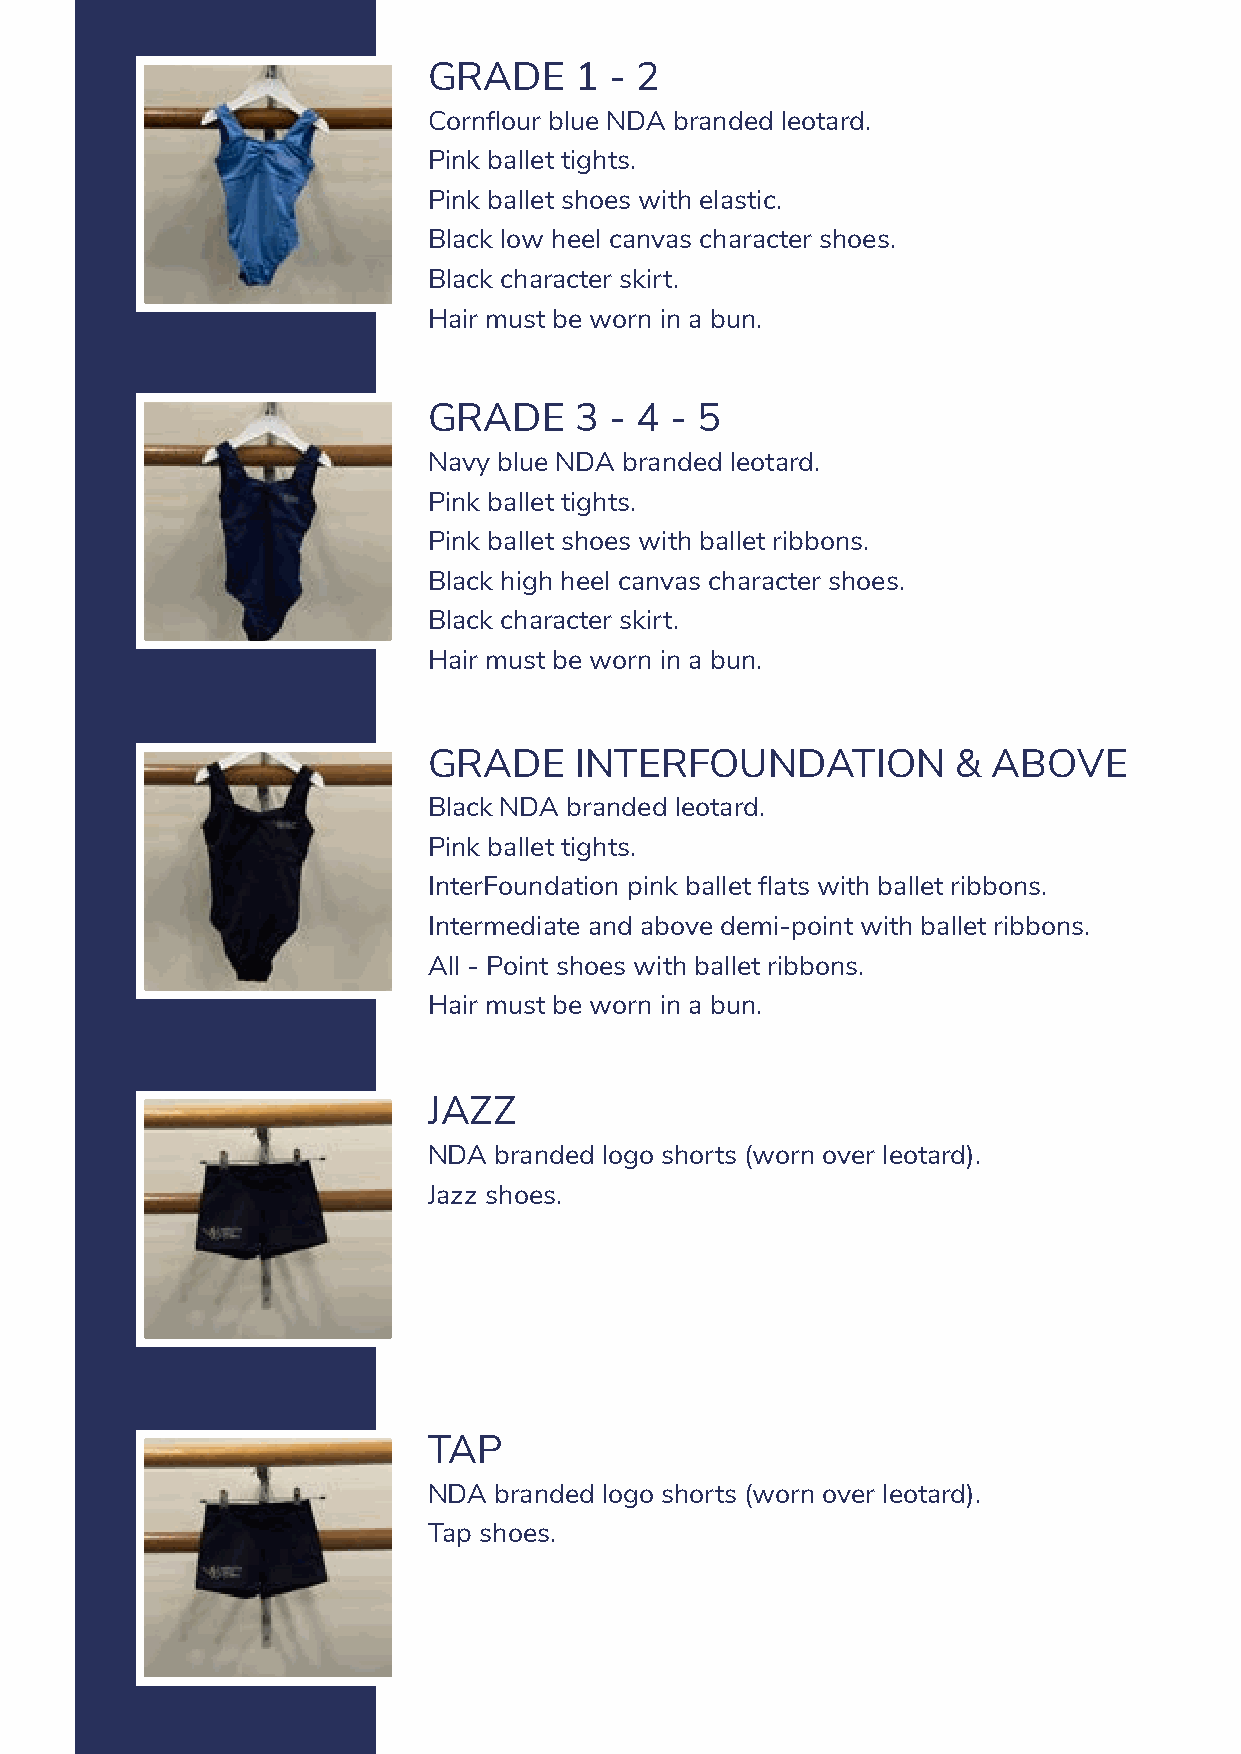
GRADE     1 - 2
 Cornflour blue NDA branded leotard.
 Pink ballet tights.
 Pink ballet shoes with elastic.
 Black low heel canvas character shoes.
 Black character skirt.
 Hair must be worn in a bun.
 GRADE     3 - 4 - 5
 Navy blue NDA branded leotard.
 Pink ballet tights.
 Pink ballet shoes with ballet ribbons.
 Black high heel canvas character shoes.
 Black character skirt.
 Hair must be worn in a bun.
 GRADE     INTERFOUNDATION          &  ABOVE
 Black NDA branded leotard.
 Pink ballet tights.
 InterFoundation pink ballet flats with ballet ribbons.
 Intermediate and above demi-point with ballet ribbons.
 All - Point shoes with ballet ribbons.
 Hair must be worn in a bun.
 JAZZ
 NDA  branded logo shorts (worn over leotard).
 Jazz shoes.
 TAP
 NDA  branded logo shorts (worn over leotard).
 Tap shoes.